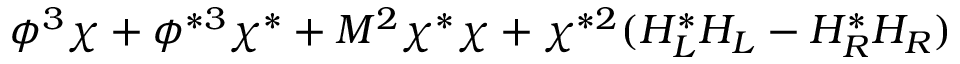
\phi ^ { 3 } \chi + \phi ^ { * 3 } \chi ^ { * } + M ^ { 2 } \chi ^ { * } \chi + \chi ^ { * 2 } ( H _ { L } ^ { * } H _ { L } - H _ { R } ^ { * } H _ { R } )